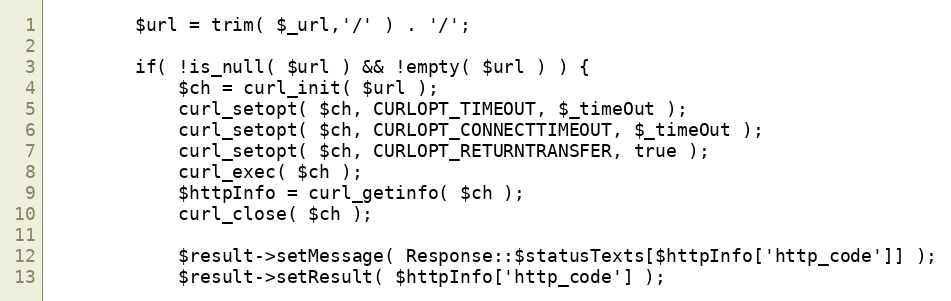
Language: PHP
        $url = trim( $_url,'/' ) . '/';

        if( !is_null( $url ) && !empty( $url ) ) {
            $ch = curl_init( $url );
            curl_setopt( $ch, CURLOPT_TIMEOUT, $_timeOut );
            curl_setopt( $ch, CURLOPT_CONNECTTIMEOUT, $_timeOut );
            curl_setopt( $ch, CURLOPT_RETURNTRANSFER, true );
            curl_exec( $ch );
            $httpInfo = curl_getinfo( $ch );
            curl_close( $ch );

            $result->setMessage( Response::$statusTexts[$httpInfo['http_code']] );
            $result->setResult( $httpInfo['http_code'] );